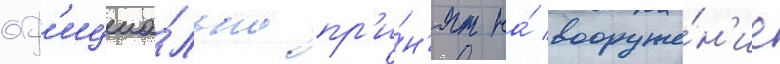
оф'ициа́льно пр'и́н'ят на́ вооруже́н'ие